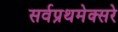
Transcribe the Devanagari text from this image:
सर्वप्रथमेक्सरे